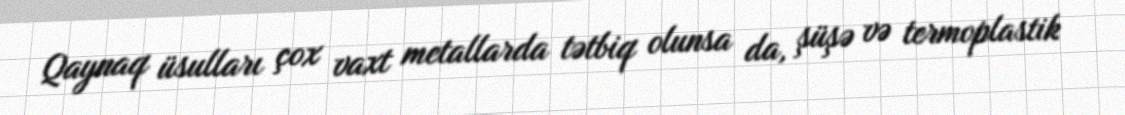
Qaynaq üsulları çox vaxt metallarda tətbiq olunsa da, şüşə və termoplastik